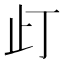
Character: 𱤼